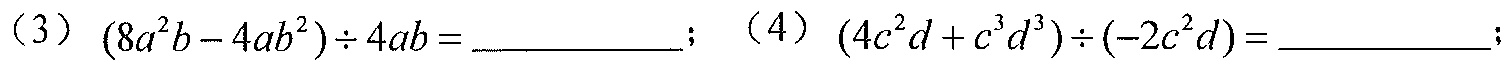
（3）\((8a^{2}b - 4ab^{2})\div4ab=\underline{\quad\quad}\)；（4）\((4c^{2}d + c^{3}d^{3})\div(-2c^{2}d)=\underline{\quad\quad}\)；